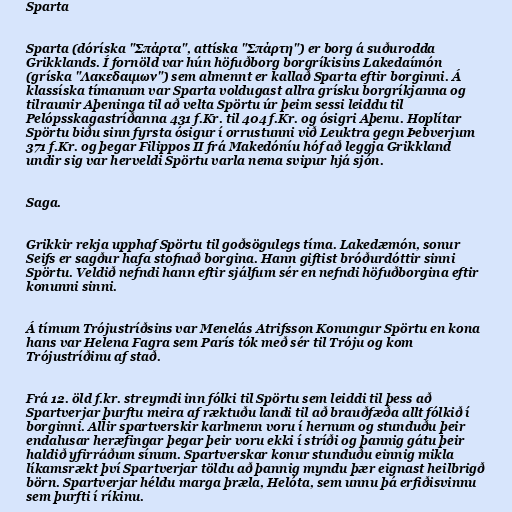
Sparta

Sparta (dóríska "Σπάρτα", attíska "Σπάρτη") er borg á suðurodda
Grikklands. Í fornöld var hún höfuðborg borgríkisins Lakedaímón
(gríska "Λακεδαιμων") sem almennt er kallað Sparta eftir borginni. Á
klassíska tímanum var Sparta voldugast allra grísku borgríkjanna og
tilraunir Aþeninga til að velta Spörtu úr þeim sessi leiddu til
Pelópsskagastríðanna 431 f.Kr. til 404 f.Kr. og ósigri Aþenu. Hoplítar
Spörtu biðu sinn fyrsta ósigur í orrustunni við Leuktra gegn Þebverjum
371 f.Kr. og þegar Filippos II frá Makedóníu hóf að leggja Grikkland
undir sig var herveldi Spörtu varla nema svipur hjá sjón.

Saga.

Grikkir rekja upphaf Spörtu til goðsögulegs tíma. Lakedæmón, sonur
Seifs er sagður hafa stofnað borgina. Hann giftist bróðurdóttir sinni
Spörtu. Veldið nefndi hann eftir sjálfum sér en nefndi höfuðborgina eftir
konunni sinni.

Á tímum Trójustríðsins var Menelás Atrifsson Konungur Spörtu en kona
hans var Helena Fagra sem París tók með sér til Tróju og kom
Trójustríðinu af stað.

Frá 12. öld f.kr. streymdi inn fólki til Spörtu sem leiddi til þess að
Spartverjar þurftu meira af ræktuðu landi til að brauðfæða allt fólkið í
borginni. Allir spartverskir karlmenn voru í hernum og stunduðu þeir
endalusar heræfingar þegar þeir voru ekki í stríði og þannig gátu þeir
haldið yfirráðum sínum. Spartverskar konur stunduðu einnig mikla
líkamsrækt því Spartverjar töldu að þannig myndu þær eignast heilbrigð
börn. Spartverjar héldu marga þræla, Helóta, sem unnu þá erfiðisvinnu
sem þurfti í ríkinu.